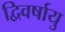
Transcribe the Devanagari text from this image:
द्विवर्षायु